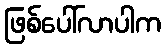
ဖြစ်ပေါ်လာပါက